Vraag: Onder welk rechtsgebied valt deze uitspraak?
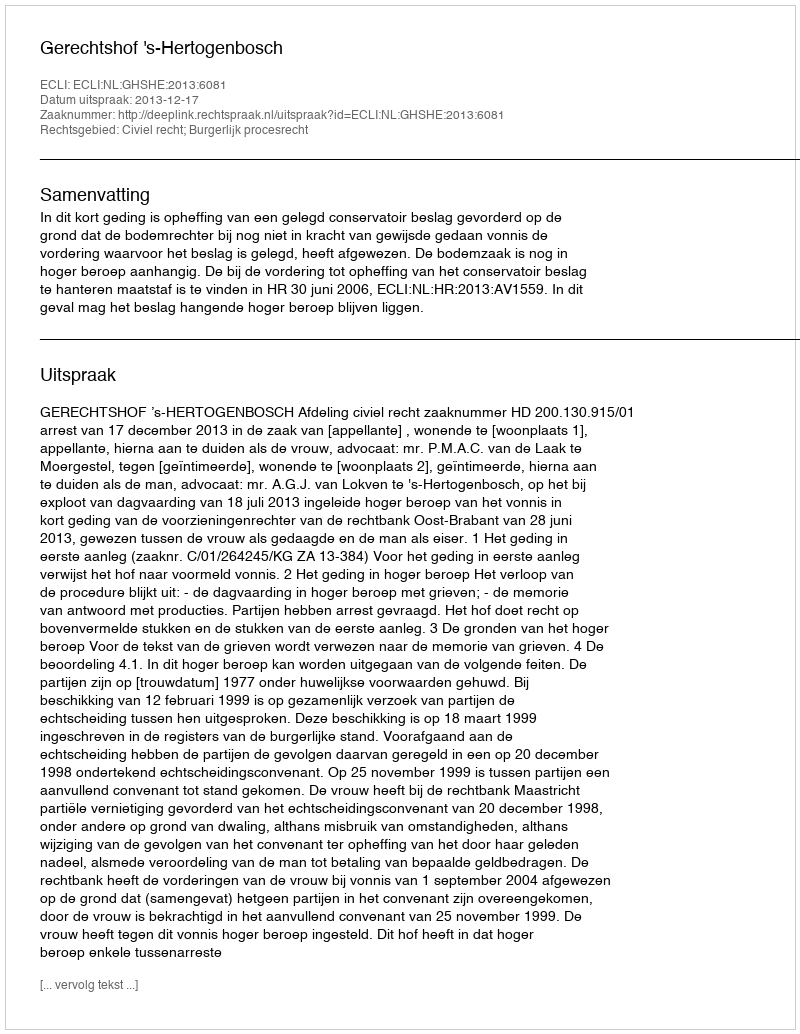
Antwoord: Civiel recht; Burgerlijk procesrecht